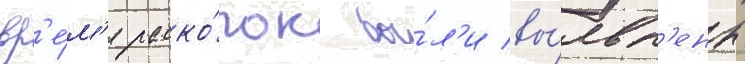
вр'е́м'я раско́пок бы́л'и вы́явл'ены